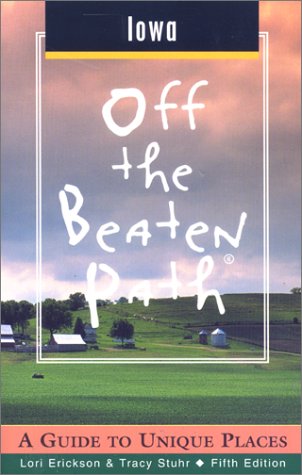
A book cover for Iowa Off the Beaten Path: A Guide to Unique Places (Off the Beaten Path Series); Tracy Stuhr; Travel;